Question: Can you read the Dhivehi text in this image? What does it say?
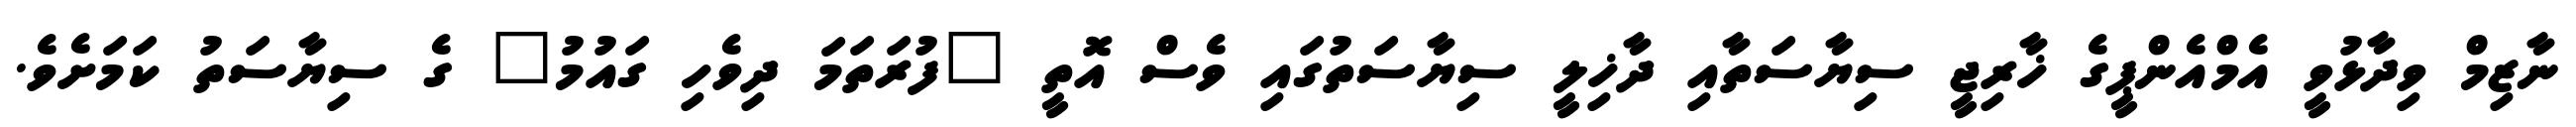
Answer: ނާޒިމް ވިދާޅުވީ އެމްއެންޕީގެ ޚާރިޖީ ސިޔާސަތާއި ދާޚިލީ ސިޔާސަތުގައި ވެސް އޮތީ "ފުރަތަމަ ދިވެހި ގައުމު" ގެ ސިޔާސަތު ކަމަށެވެ.